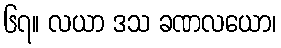
၆၇။ လယာ ဒသ ခဏလယော၊